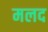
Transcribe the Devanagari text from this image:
मलद